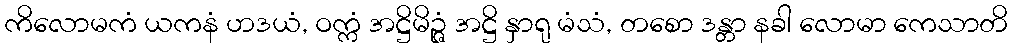
ကိလောမကံ ယကနံ ဟဒယံ, ဝက္ကံ အဋ္ဌိမိဉ္ဇံ အဋ္ဌိ နှာရု မံသံ, တစော ဒန္တာ နခါ လောမာ ကေသာတိ